Reports on dispensaries and lunatic asylums in the Province of Oudh - 1869-1876
Year: 1869
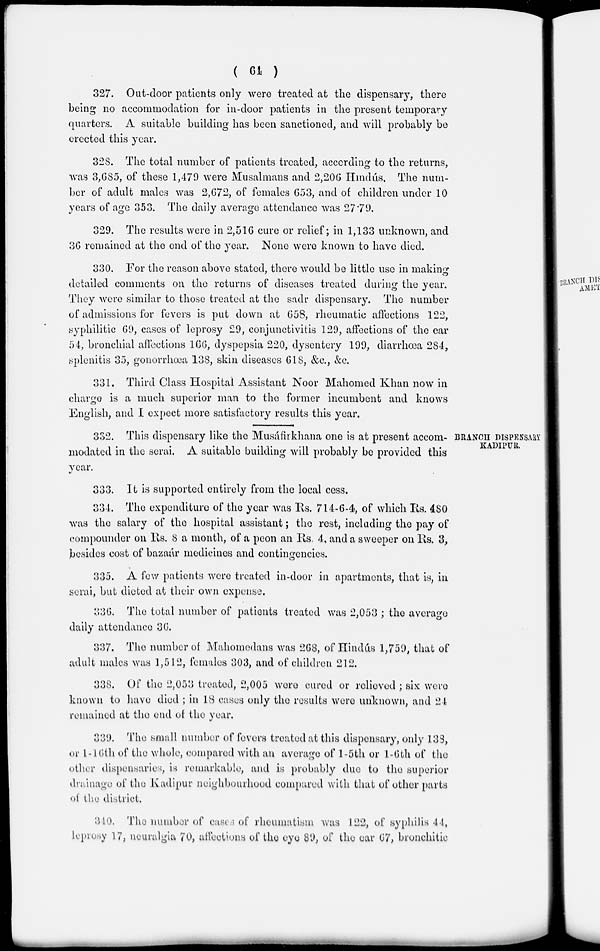
( 64 )
327. Out-door patients only were treated at the dispensary, there
being no accommodation for in-door patients in the present temporary
quarters. A suitable building has been sanctioned, and will probably be
erected this year.
328. The total number of patients treated, according to the returns,
was 3,685, of these 1,479 were Musalmans and 2,206 Hindús. The num-
ber of adult males was 2,672, of females 653, and of children under 10
years of age 353. The daily average attendance was 27.79.
329. The results were in 2,516 cure or relief; in 1,133 unknown, and
36 remained at the end of the year. None were known to have died.
330. For the reason above stated, there would be little use in making
detailed comments on the returns of diseases treated during the year.
They were similar to those treated at the sadr dispensary. The number
of admissions for fevers is put down at 658, rheumatic affections 122,
syphilitic 69, cases of leprosy 29, conjunctivitis 129, affections of the ear
54, bronchial affections 166, dyspepsia 220, dysentery 199, diarrhœa 284,
splenitis 35, gonorrhoea 138, skin diseases 618, &c., &c.
331. Third Class Hospital Assistant Noor Mahomed Khan now in
charge is a much superior man to the former incumbent and knows
English, and I expect more satisfactory results this year.
BRANCH DISPENSARY
KADIPUR.
332. This dispensary like the Musáfirkhana one is at present accom-
modated in the serai. A suitable building will probably be provided this
year.
333. It is supported entirely from the local cess.
334. The expenditure of the year was Rs. 714-6-4, of which Rs. 480
was the salary of the hospital assistant; the rest, including the pay of
compounder on Rs. 8 a month, of a peon an Rs, 4, and a sweeper on Rs. 3,
besides cost of bazaár medicines and contingencies.
335. A few patients were treated in-door in apartments, that is, in
serai, but dieted at their own expense.
336. The total number of patients treated was 2,053 ; the average
daily attendance 36.
337. The number of Mahomedans was 268, of Hindús 1,759, that of
adult males was 1,512, females 303, and of children 212.
338. Of the 2,053 treated, 2,005 were cured or relieved ; six were
known to have died ; in 18 cases only the results were unknown, and 24
remained at the end of the year.
339. The small number of fevers treated at this dispensary, only 138,
or 1-16th of the whole, compared with an average of 1-5th or 1-6th of the
other dispensaries, is remarkable, and is probably due to the superior
drainage of the Kadipur neighbourhood compared with that of other parts
of the district.
310. The number of cases of rheumatism was 122, of syphilis 44,
leprosy 17, neuralgia 70, affections of the eye 89, of the ear 67, bronchitic